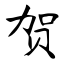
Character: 贺